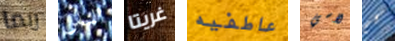
ربما الناس غريتا عاطفيه لاسي كم